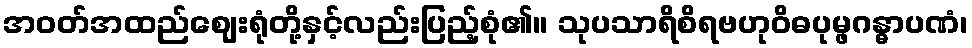
အဝတ်အထည်ဈေးရုံတို့နှင့်လည်းပြည့်စုံ၏။ သုပသာရိစိရဗဟုဝိဓပုမ္ဖဂန္ဓာပဏံ၊